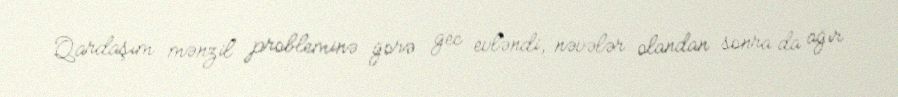
Qardaşım mənzil probleminə görə gec evləndi, nəvələr olandan sonra da ağır